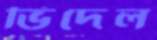
ভিদেল